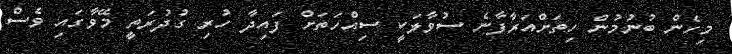
މިހެން ބުނުމުން ހިތަށްއަރާފާނެ ސުވާލަކީ ސިއްހަތަށް ފައިދާ ހުރި ގުދުރަތީ މޭވާގައި ވެސް